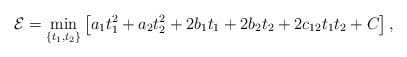
\begin{align*} \mathcal{E}=\min_{\{t_1,t_2\}} \left[a_1t_1^2+a_2t_2^2+2b_1t_1+2b_2t_2+2c_{12}t_1t_2+C\right],\end{align*}